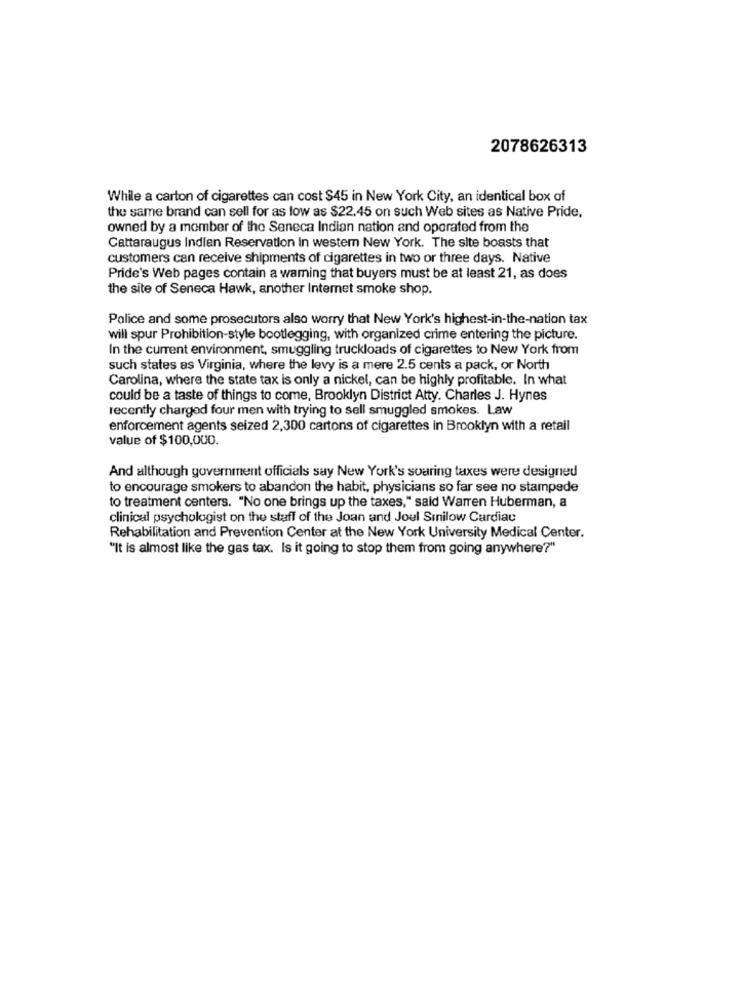
2078626313
While a carton of cigarettes can cost $45 in New York City, an identical box of
the same brand can sell for as low as $22,45 on such Web sites as Native Pride,
owned by a member of the Seneca Indian nation and operated from the
Cattaraugus Indian Reservation in western New York. The site boasts that
customers can receive shipments of cigarettes in two or three days. Native
Pride's Web pages contain a waming that buyers must be at least 21, as does
the site of Seneca Hawk, another Internet smoke shop.
Police and some prosecutors also worry that New York's highest-in-the-nation tax
will spur Prohibition-style bootlegging, with organized crime entering the picture.
In the current environment, smuggling truckloads of cigarettes to New York from
such states as Virginia, where the levy is a mere 2.5 cents a pack, or North
Carolina, where the state tax is only a nickel, can be highly profitable. In what
could be a taste of things to come, Brooklyn District Atty. Charles J. Hynes
recently charged four men with trying to sell smuggled smokes. Law
enforcement agents seized 2,300 cartons of cigarettes in Brooklyn with a retail
value of $100,000.
And although government officials say New York's soaring taxes were designed
to encourage smokers to abandon the habit, physicians so far see no stampede
to treatment centers. "No one brings up the taxes," said Warren Huberman, a
clinical psychologist on the staff of the Joan and Joul Sinilow Cardiac
Rehabilitation and Prevention Center at the New York University Medical Center.
"It is almost like the gas tax. Is it going to stop them from going anywhere?"